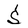
Character: S